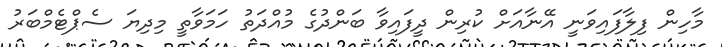
މާހިން ފިލާފައިވަނީ އޭނާއަށް ކުރިން ދީފައިވާ ބަންދުގެ މުއްދަތު ހަމަވާތީ މިދިޔަ ސެޕްޓެމްބަރު